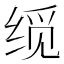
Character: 𬘮